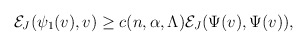
\begin{align*} \begin{aligned} \mathcal{E}_J(\psi_1(v),v)\geq c(n,\alpha,\Lambda)\mathcal{E}_J(\Psi(v),\Psi(v)), \end{aligned} \end{align*}